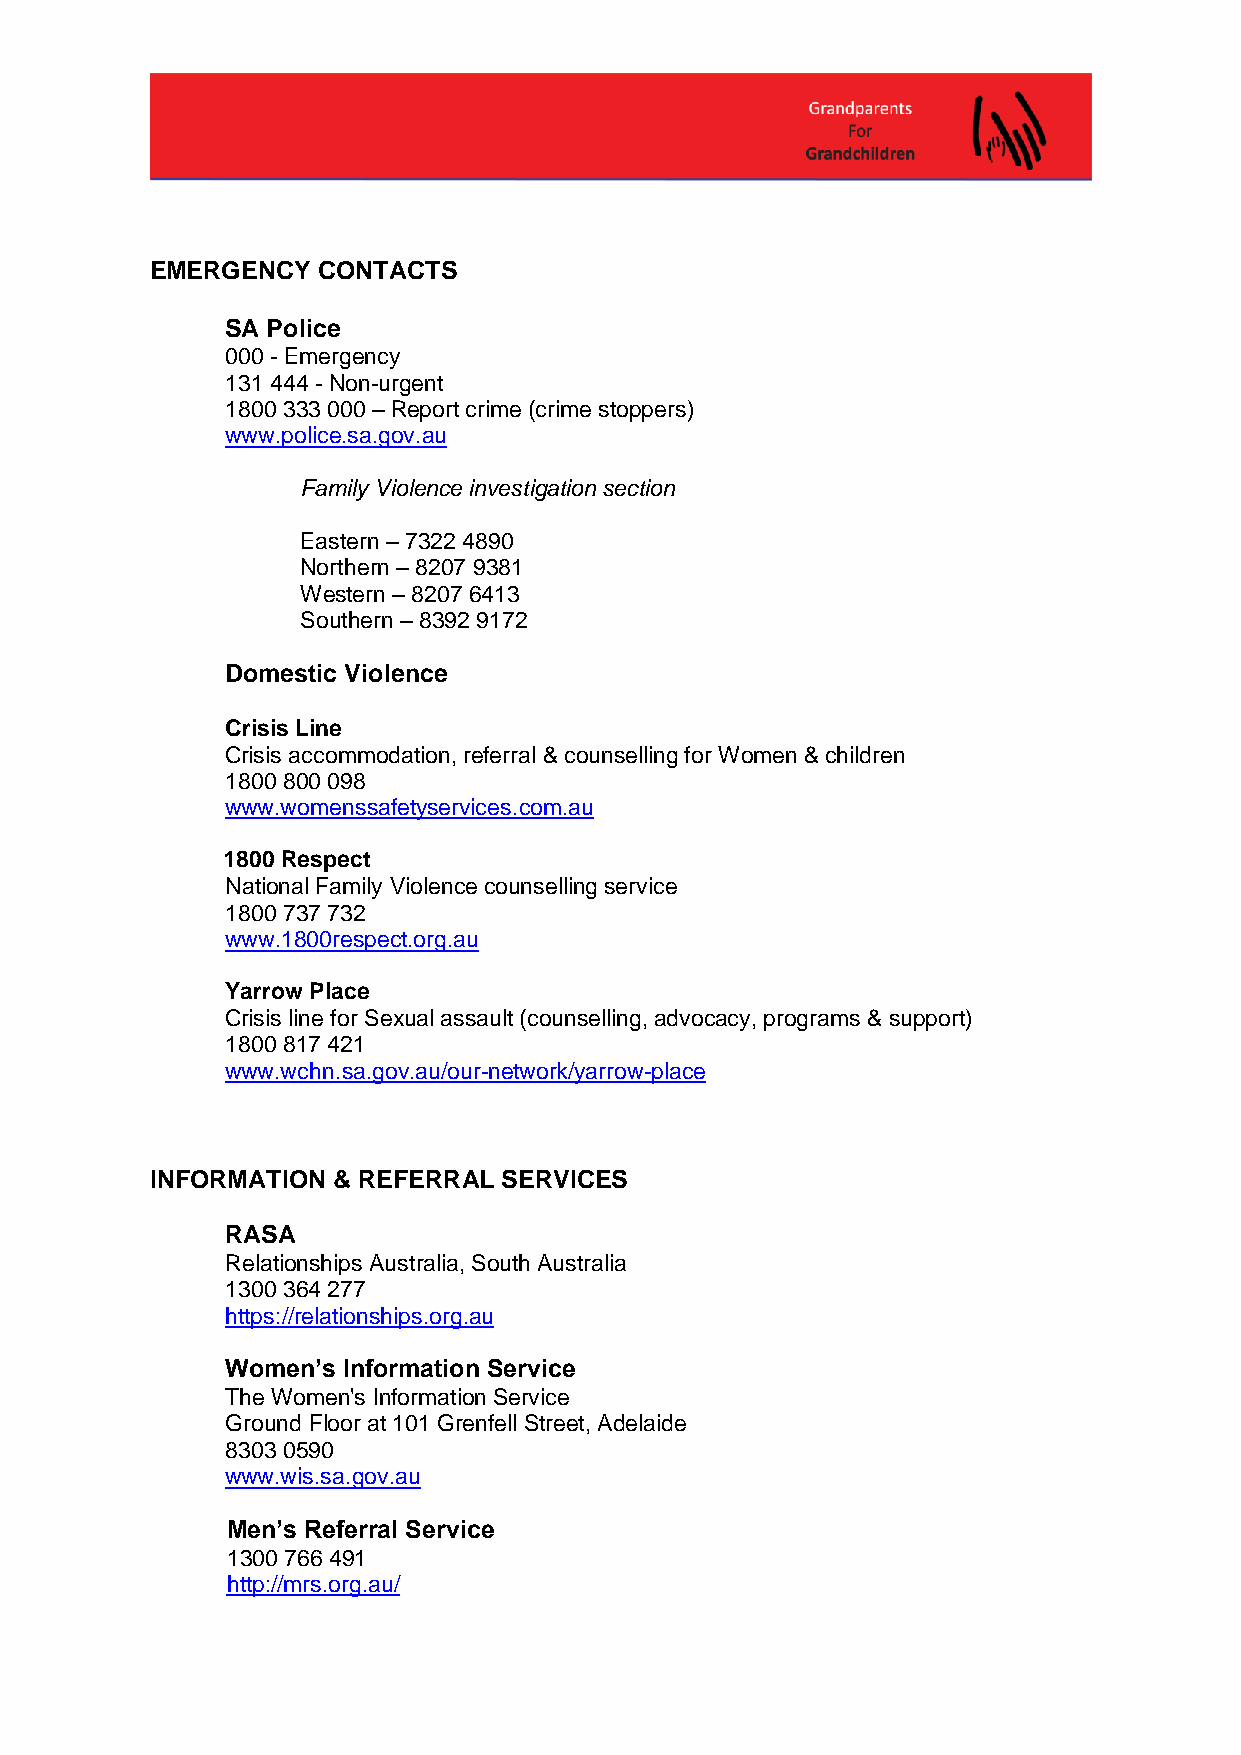
EMERGENCY  CONTACTS
 SA Police
 000 - Emergency
 131 444 - Non-urgent
 1800 333 000 – Report crime (crime stoppers)
 www.police.sa.gov.au
 Family Violence investigation section
 Eastern – 7322 4890
 Northern – 8207 9381
 Western – 8207 6413
 Southern – 8392 9172
 Domestic Violence
 Crisis Line
 Crisis accommodation, referral & counselling for Women & children
 1800 800 098
 www.womenssafetyservices.com.au
 1800 Respect
 National Family Violence counselling service
 1800 737 732
 www.1800respect.org.au
 Yarrow Place
 Crisis line for Sexual assault (counselling, advocacy, programs & support)
 1800 817 421
 www.wchn.sa.gov.au/our-network/yarrow-place
 INFORMATION & REFERRAL SERVICES
 RASA
 Relationships Australia, South Australia
 1300 364 277
 https://relationships.org.au
 Women’s Information Service
 The Women's Information Service
 Ground Floor at 101 Grenfell Street, Adelaide
 8303 0590
 www.wis.sa.gov.au
 Men’s Referral Service
 1300 766 491
 http://mrs.org.au/